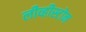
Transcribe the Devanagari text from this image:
लीव्हीस्टोन